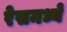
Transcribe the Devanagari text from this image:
रेसमध्ये